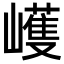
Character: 㠛